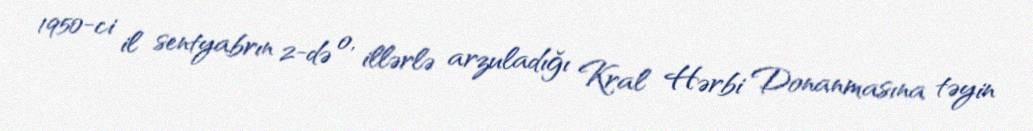
1950-ci il sentyabrın 2-də o, illərlə arzuladığı Kral Hərbi Donanmasına təyin